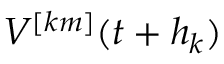
V ^ { [ k m ] } ( t + h _ { k } )